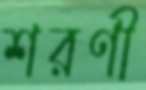
শরণী